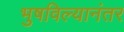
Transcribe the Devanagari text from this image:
भुषविल्यानंतर